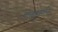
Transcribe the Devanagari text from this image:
बोल्ट्समॉन